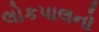
લોકપાલનો